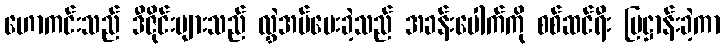
ဟောကင်းသည် ဒီဇိုင်းများသည် လွှဲအပ်ပေးခဲ့သည် အခန်းပေါက်ကို စစ်ဆင်ရီး ပြဋ္ဌာန်းခဲ့ကာ